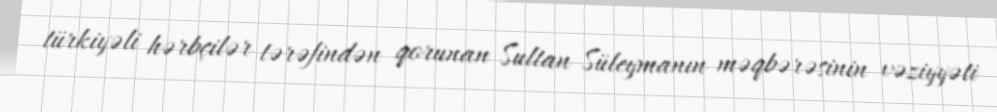
türkiyəli hərbçilər tərəfindən qorunan Sultan Süleymanın məqbərəsinin vəziyyəti